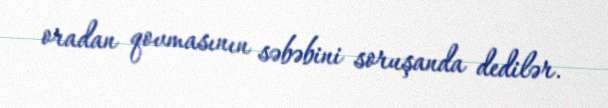
oradan qovmasının səbəbini soruşanda dedilər.